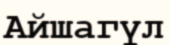
Айшагүл